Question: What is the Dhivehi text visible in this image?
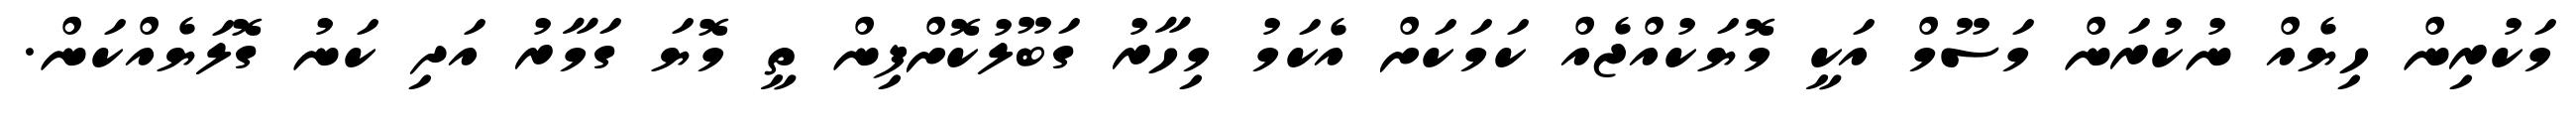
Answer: މަކުރިން ހިޔެއް ނުކުރަން މަސޫމް އަކީ މޮޔަކުއްޖެއް ކަމަކަށް އެކަމު މިހާރު ގަބޫލުކޮށްފިން ތީ މޮޔަ ގަމާރު އަދި ކަނު ގޮލަޔެއްކަން.